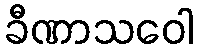
ခီဏာသဝေါ